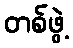
တစ်ဖွဲ့